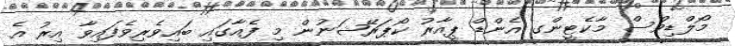
މޯލްޑިވްސް މާކެޓީންގ އެންޑް ޕީއާރު ކޯޕަރޭޝަނުން މި ފެއާގައި ބައިވެރިވެފައިވާ އިރު އެ